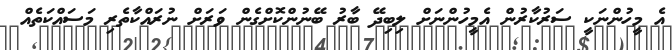
އެ މީހުންނަކީ ސަރުކާރުން އެމީހުންނަށް ލިބިދޭ ބާރު ބޭނުންކޮށްގެން ވަރަށް ނުރައްކާތެރި މަސައްކަތެއް